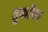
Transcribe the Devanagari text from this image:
तुर्कांवर